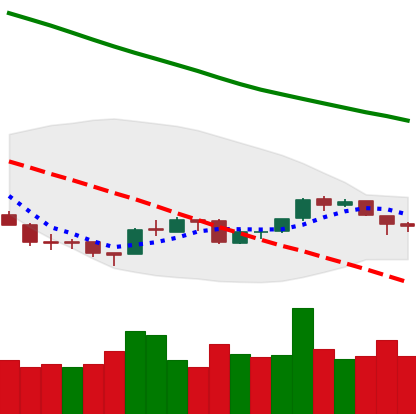
Ticker: ETH-USD
Chart end date: 2018-09-26
Forward return: 6.913%
Label: up_5_7